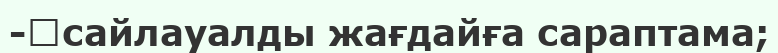
-	сайлауалды жағдайға сараптама;